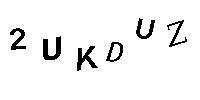
2UKDUZ